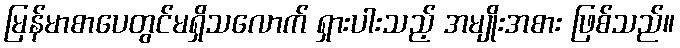
မြန်မာစာပေတွင်မရှိသလောက် ရှားပါးသည့် အမျိုးအစား ဖြစ်သည်။